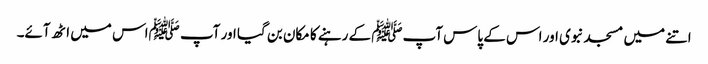
اتنے میں مسجد نبوی اور اس کے پاس آپﷺ کے رہنے کا مکان بن گیا اور آپ ﷺاس میں اٹھ آئے۔